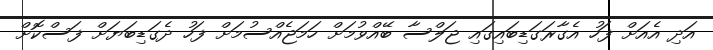
އަދި އެއަށް ފަހު އެގާރަގަޑިބައިގައި ޖަލްސާ ބޭއްވުމަށް ހަމަޖެއްސުމަށް ފަހު ދެގަޑިބަޔަށް ފަސްކޮށް